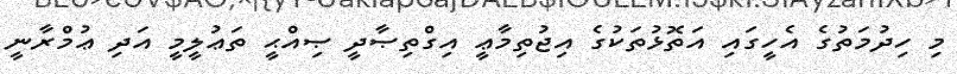
މި ހިދުމަތުގެ އެހީގައި އަތޮޅުތަކުގެ އިޖުތިމާޢީ އިގްތިޞާދީ ޞިއްޙީ ތަޢުލީމީ އަދި ޢުމްރާނީ